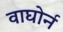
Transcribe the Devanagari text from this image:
वाघोर्न